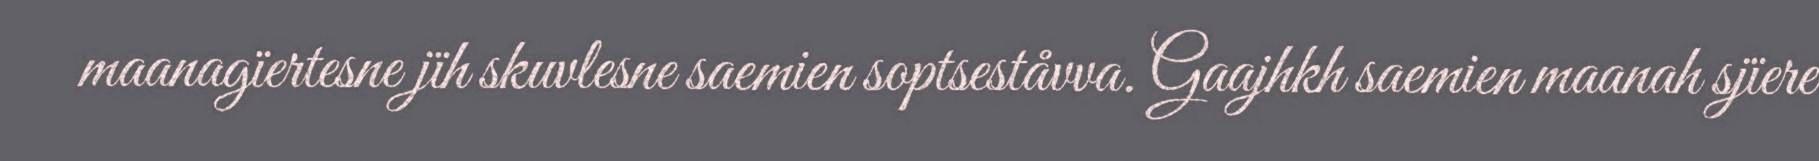
maanagïertesne jïh skuvlesne saemien soptseståvva. Gaajhkh saemien maanah sjïere